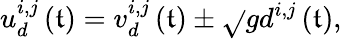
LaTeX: u_{d}^{i,j}\left(\mathfrak{t}\right)=v_{d}^{i,j}\left(\mathfrak{t}\right)\pm\sqrt{}{{gd^{i,j}\left(\mathfrak{t}\right)}},